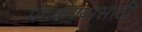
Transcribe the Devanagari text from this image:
पडकण्यासाठी